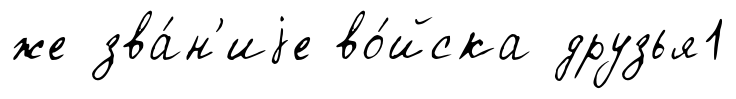
же зва́н'иjе во́йска друзья1